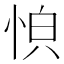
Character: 𫺏